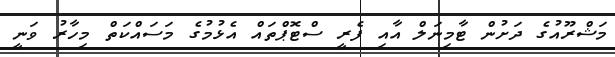
މަޝްރޫއުގެ ދަށުން ޓާމިނަލް އާއި ފެރީ ސްޓޮޕްތައް އެޅުމުގެ މަސައްކަތް މިހާރު ވަނީ